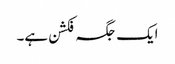
ایک جگہ فکشن ہے۔